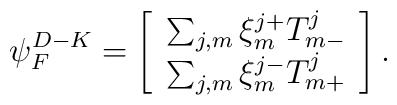
{\psi}^{D-K}_F=\left[                            \begin{array}{c}                  \sum_{j,m}\xi^{j+}_mT^j_{m-}\\                  \sum_{j,m}\xi^{j-}_m T^j_{m+}                              \end{array}                            \right].